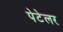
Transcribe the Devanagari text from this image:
पेटेलर